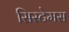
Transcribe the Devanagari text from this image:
सिस्टेमस